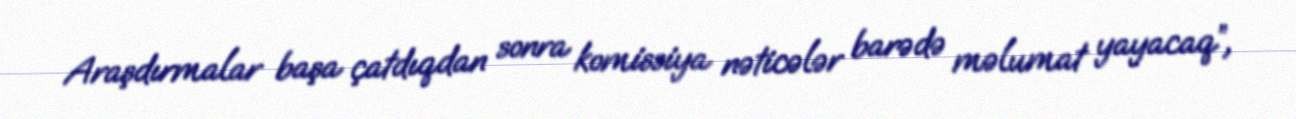
Araşdırmalar başa çatdıqdan sonra komissiya nəticələr barədə məlumat yayacaq”,